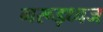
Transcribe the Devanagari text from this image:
गरूड़ध्वज